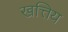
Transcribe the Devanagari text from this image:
खत्तिय